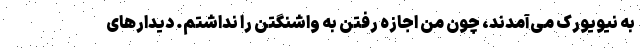
به نیویورک می‌آمدند، چون من اجازه رفتن به واشنگتن را نداشتم. دیدارهای